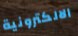
الالكترونية